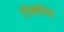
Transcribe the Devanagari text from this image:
टोक्योषा